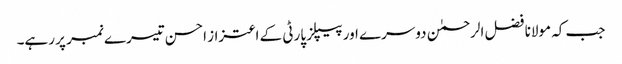
جب کہ مولانا فضل الرحمٰن دوسرے اور پیپلز پارٹی کے اعتزاز احسن تیسرے نمبر پر رہے۔